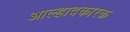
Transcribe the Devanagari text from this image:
आल्हादकारक